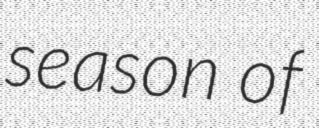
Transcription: season of